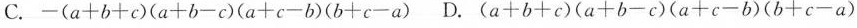
C.$$-(a+b+c)(a+b-c)(a+c-b)(b+c-a)$$ D.$$(a+b+c)(a+b-c)(a+c-b)(b+c-a) $$